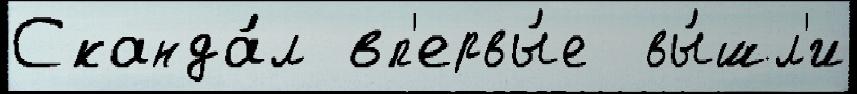
Сканда́л вп'ервы́е  вы́шл'и